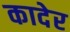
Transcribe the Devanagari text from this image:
कादेर